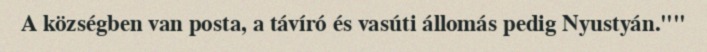
A községben van posta, a távíró és vasúti állomás pedig Nyustyán.""